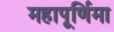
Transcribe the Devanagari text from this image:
महापूर्णिमा